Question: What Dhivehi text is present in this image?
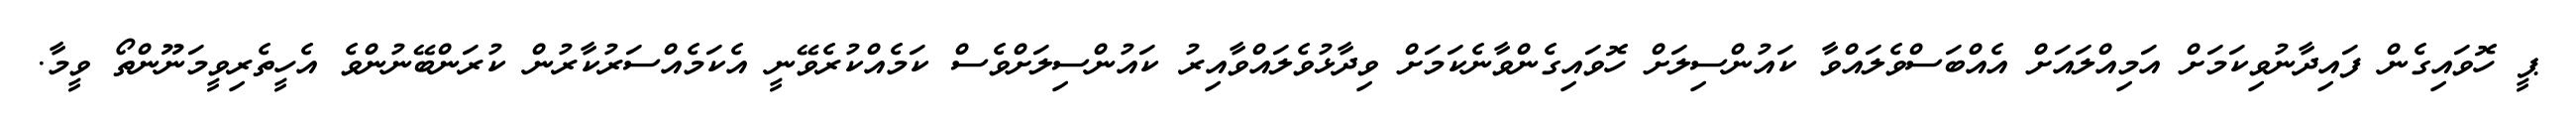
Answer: ޕީ ހޮވައިގެން ފައިދާނުވިކަމަށް އަމިއްލައަށް އެއްބަސްވެލައްވާ ކައުންސިލަށް ހޮވައިގެންވާނެކަމަށް ވިދާޅުވެލައްވާއިރު ކައުންސިލަށްވެސް ކަމެއްކުރެވޭނީ އެކަމެއްސަރުކާރުން ކުރަންބޭނުންވެ އެހީތެރިވީމަނޫންތޯ ވީމާ.